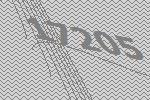
17205